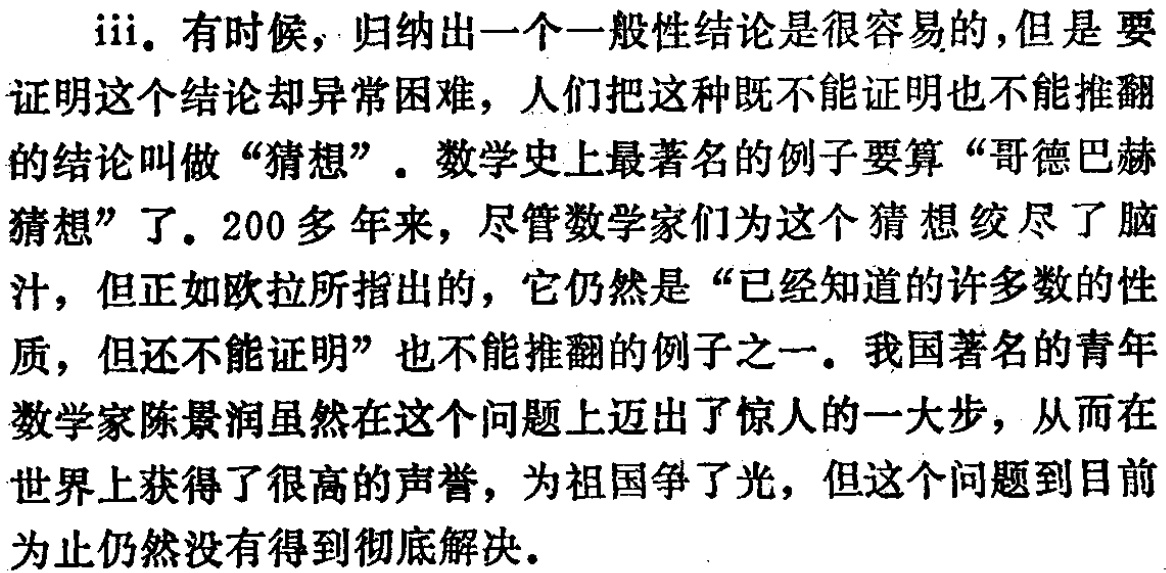
iii. 有时候，归纳出一个一般性结论是很容易的，但是要证明这个结论却异常困难，人们把这种既不能证明也不能推翻的结论叫做“猜想”。数学史上最著名的例子要算“哥德巴赫猜想”了。200多年来，尽管数学家们为这个猜想绞尽了脑汁，但正如欧拉所指出的，它仍然是“已经知道的许多数的性质，但还不能证明”也不能推翻的例子之一。我国著名的青年数学家陈景润虽然在这个问题上迈出了惊人的一大步，从而在世界上获得了很高的声誉，为祖国争了光，但这个问题到目前为止仍然没有得到彻底解决。